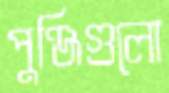
পুঞ্জিগুলো